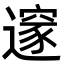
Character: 𨗉